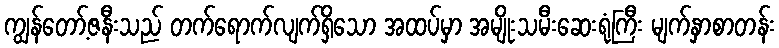
ကျွန်တော့်ဇနီးသည် တက်ရောက်လျက်ရှိသော အထပ်မှာ အမျိုးသမီးဆေးရုံကြီး မျက်နှာစာတန်း